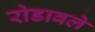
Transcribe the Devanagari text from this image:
रोडावले